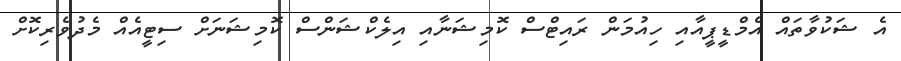
އެ ޝަކުވާތައް އެމްޑީޕީއާއި ހިއުމަން ރައިޓްސް ކޮމިޝަނާއި އިލެކްޝަންސް ކޮމިޝަނަށް ސިޓީއެއް މެދުވެރިކޮށް